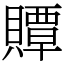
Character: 贉